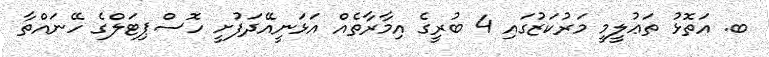
ބ. އަތޮޅު ތަޢުލީމީ މަރުކަޒުގައި 4 ބުރީގެ އިމާރާތެއް އަޅަނީއޭދަފުށީ ހޮސްޕިޓަލްގެ ހޭނައްތާ